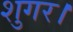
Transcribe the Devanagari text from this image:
शुगर।